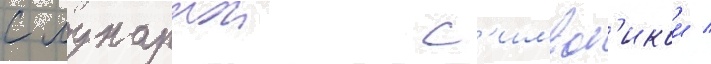
с лунарнои с'имвол'икои /